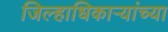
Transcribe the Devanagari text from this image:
जिल्हाधिकाऱ्यांच्या